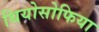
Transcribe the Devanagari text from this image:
थियोसोफिया